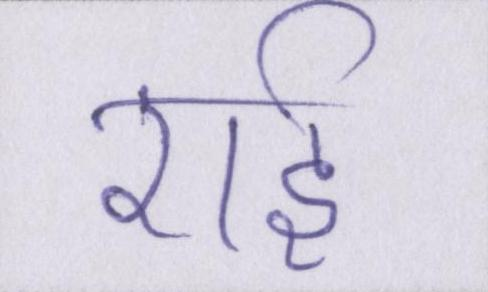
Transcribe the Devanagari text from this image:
राई